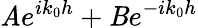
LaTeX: \mathit{A}e^{ik_{0}h}+\mathit{B}e^{-ik_{0}h}